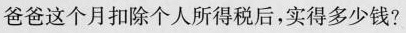
爸爸这个月扣除个人所得税后，实得多少钱?